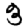
Digit: 3